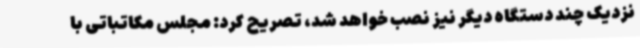
نزدیک چند دستگاه دیگر نیز نصب خواهد شد، تصریح کرد: مجلس مکاتباتی با